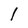
Character: l